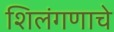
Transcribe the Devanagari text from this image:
शिलंगणाचे